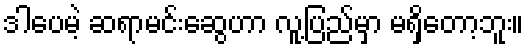
ဒါပေမဲ့ ဆရာမင်းဆွေဟာ လူ့ပြည်မှာ မရှိတော့ဘူး။